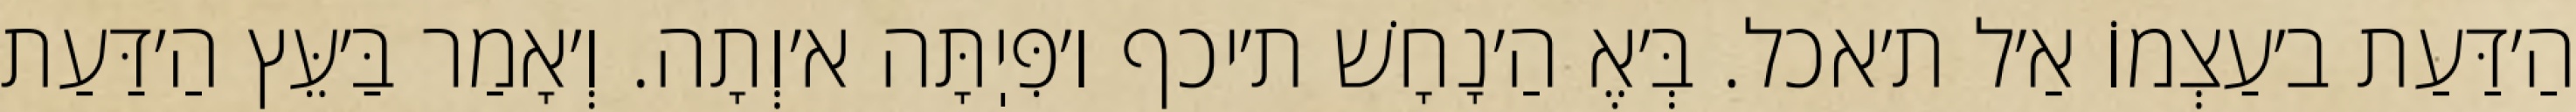
הַ׳דַּעַת ב׳עַצְמוֹ אַ׳ל ת׳אכל. בְּ׳אֶ הַ׳נָחָשׁ ת׳יכף ו׳פִּיֽתָּה א׳וְתָה. וְ׳אָמַר בַּ׳עֵּץ הַ׳דַּעַת